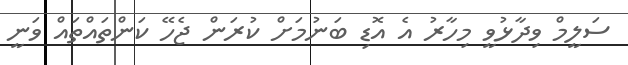
ސަލީމް ވިދާޅުވީ މިހާރު އެ އޮޑި ބަނުމަށް ކުރަން ޖެހޭ ކަންތައްތައް ވަނީ